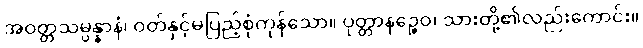
အဝတ္တသမ္ပန္နာနံ၊ ဝတ်နှင့်မပြည့်စုံကုန်သော။ ပုတ္တာနဉ္စေဝ၊ သားတို့၏လည်းကောင်း။